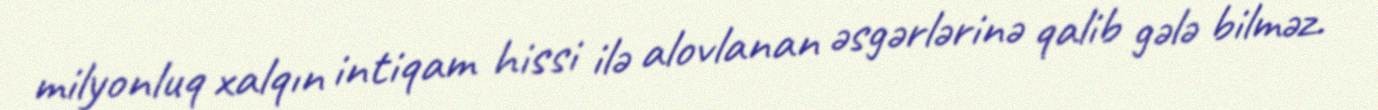
milyonluq xalqın intiqam hissi ilə alovlanan əsgərlərinə qalib gələ bilməz.